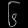
Digit: ၆